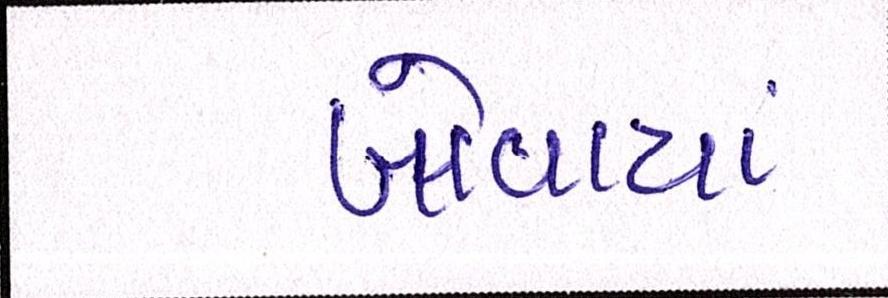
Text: ખોવાયાં